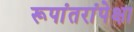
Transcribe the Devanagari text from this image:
रूपांतरांपेक्षा